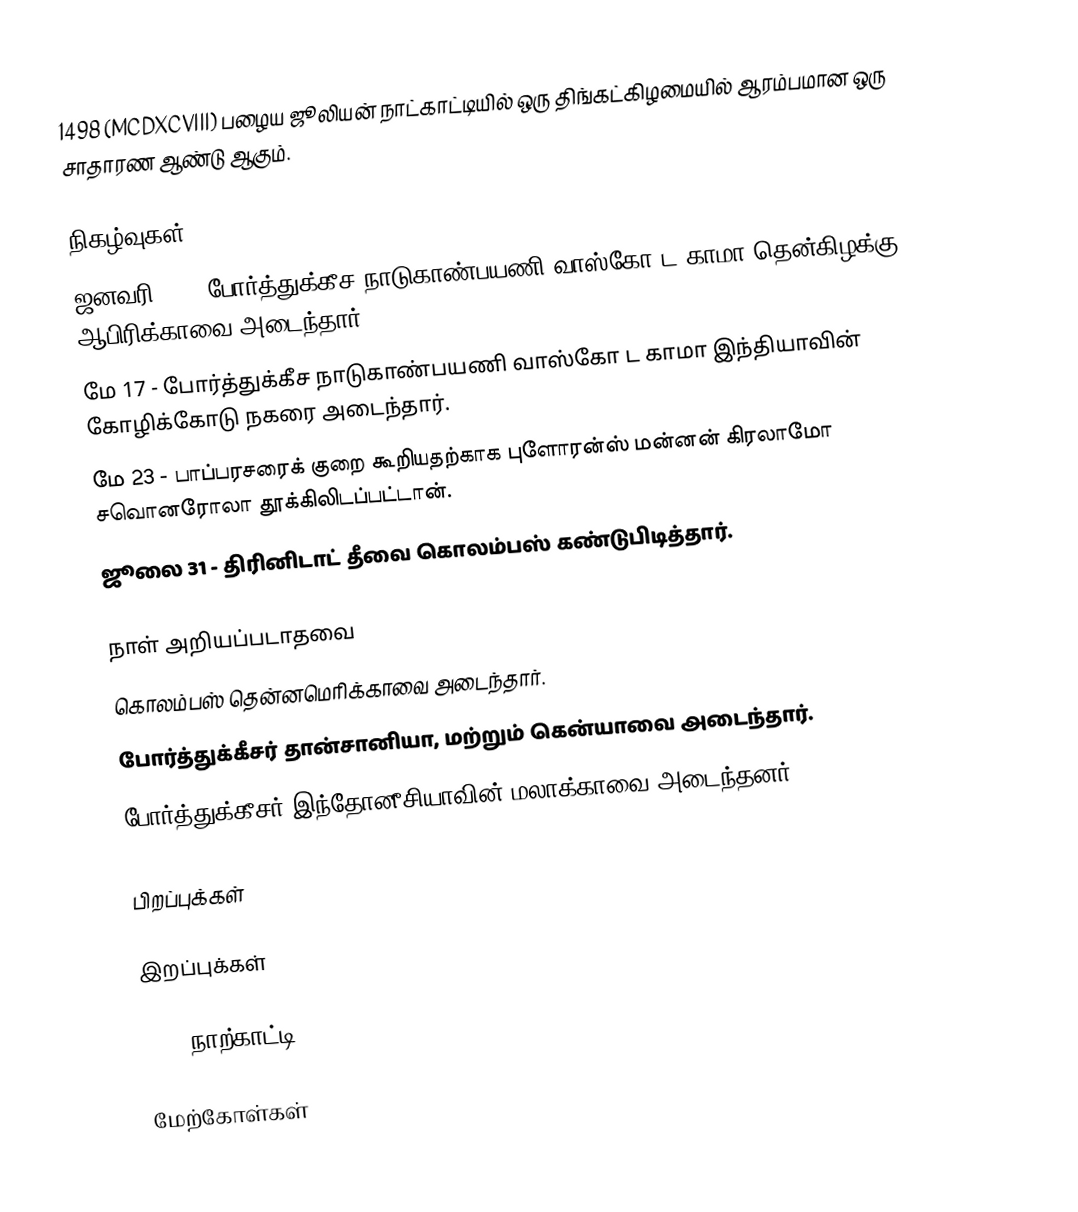
1498 (MCDXCVIII) பழைய ஜூலியன் நாட்காட்டியில் ஒரு திங்கட்கிழமையில் ஆரம்பமான ஒரு சாதாரண ஆண்டு ஆகும்.

நிகழ்வுகள்
 ஜனவரி 25 - போர்த்துக்கீச நாடுகாண்பயணி வாஸ்கோ ட காமா தென்கிழக்கு ஆபிரிக்காவை அடைந்தார்.
 மே 17 - போர்த்துக்கீச நாடுகாண்பயணி வாஸ்கோ ட காமா இந்தியாவின் கோழிக்கோடு நகரை அடைந்தார்.
 மே 23 - பாப்பரசரைக் குறை கூறியதற்காக புளோரன்ஸ் மன்னன் கிரலாமோ சவொனரோலா தூக்கிலிடப்பட்டான்.
 ஜூலை 31 - திரினிடாட் தீவை கொலம்பஸ் கண்டுபிடித்தார்.

நாள் அறியப்படாதவை
 கொலம்பஸ் தென்னமெரிக்காவை அடைந்தார்.
 போர்த்துக்கீசர் தான்சானியா, மற்றும் கென்யாவை அடைந்தார்.
 போர்த்துக்கீசர் இந்தோனீசியாவின் மலாக்காவை அடைந்தனர்.

பிறப்புக்கள்

இறப்புக்கள்

1498 நாற்காட்டி

மேற்கோள்கள்